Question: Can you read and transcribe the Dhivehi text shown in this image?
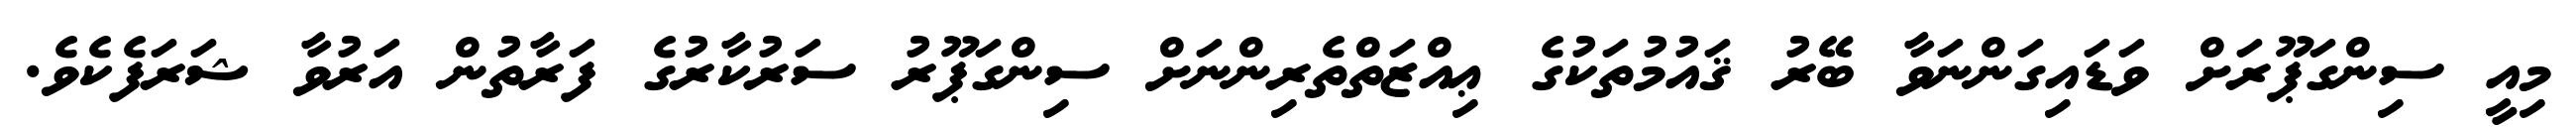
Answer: މިއީ ސިންގަޕޫރަށް ވަޑައިގަންނަވާ ބޭރު ޤައުމުތަކުގެ ޢިއްޒަތްތެރިންނަށް ސިންގަޕޫރު ސަރުކާރުގެ ފަރާތުން އަރުވާ ޝަރަފެކެވެ.